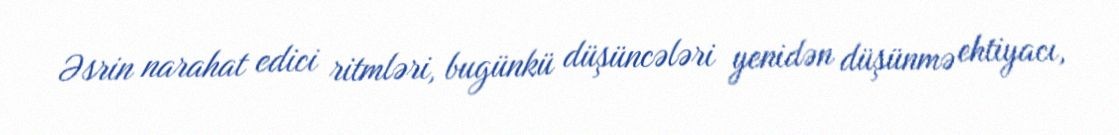
Əsrin narahat edici ritmləri, bugünkü düşüncələri yenidən düşünmə ehtiyacı,